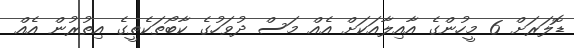
ޑޮލަރަަށް 6 މީހުންގެ އާއިލާއަކަށް އެއް މަސް ދުވަހުގެ ކާބޯތަކެތީގެ އިތުރުން އެއް